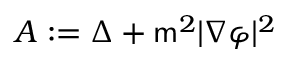
A : = \Delta + \mathsf { m } ^ { 2 } | \nabla \varphi | ^ { 2 }